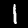
Digit: 1